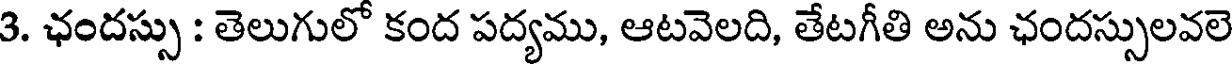
3. ఛందస్సు : తెలుగులో కంద పద్యము, ఆటవెలది, తేటగీతి అను ఛందస్సులవలె